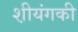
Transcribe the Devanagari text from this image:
श़ीयंगकी